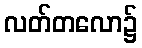
လတ်တလော၌